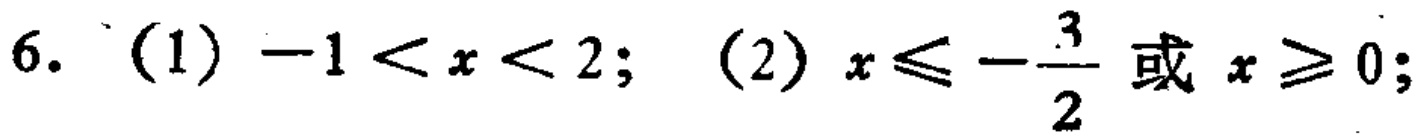
6. (1) \(-1 < x < 2\); (2) \(x\leqslant -\frac{3}{2}\) 或 \(x\geqslant 0\);